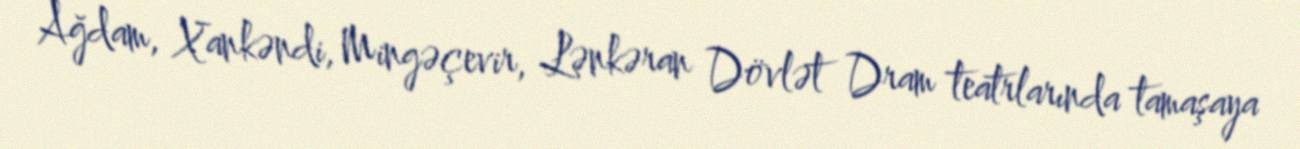
Ağdam, Xankəndi, Mingəçevir, Lənkəran Dövlət Dram teatrlarında tamaşaya